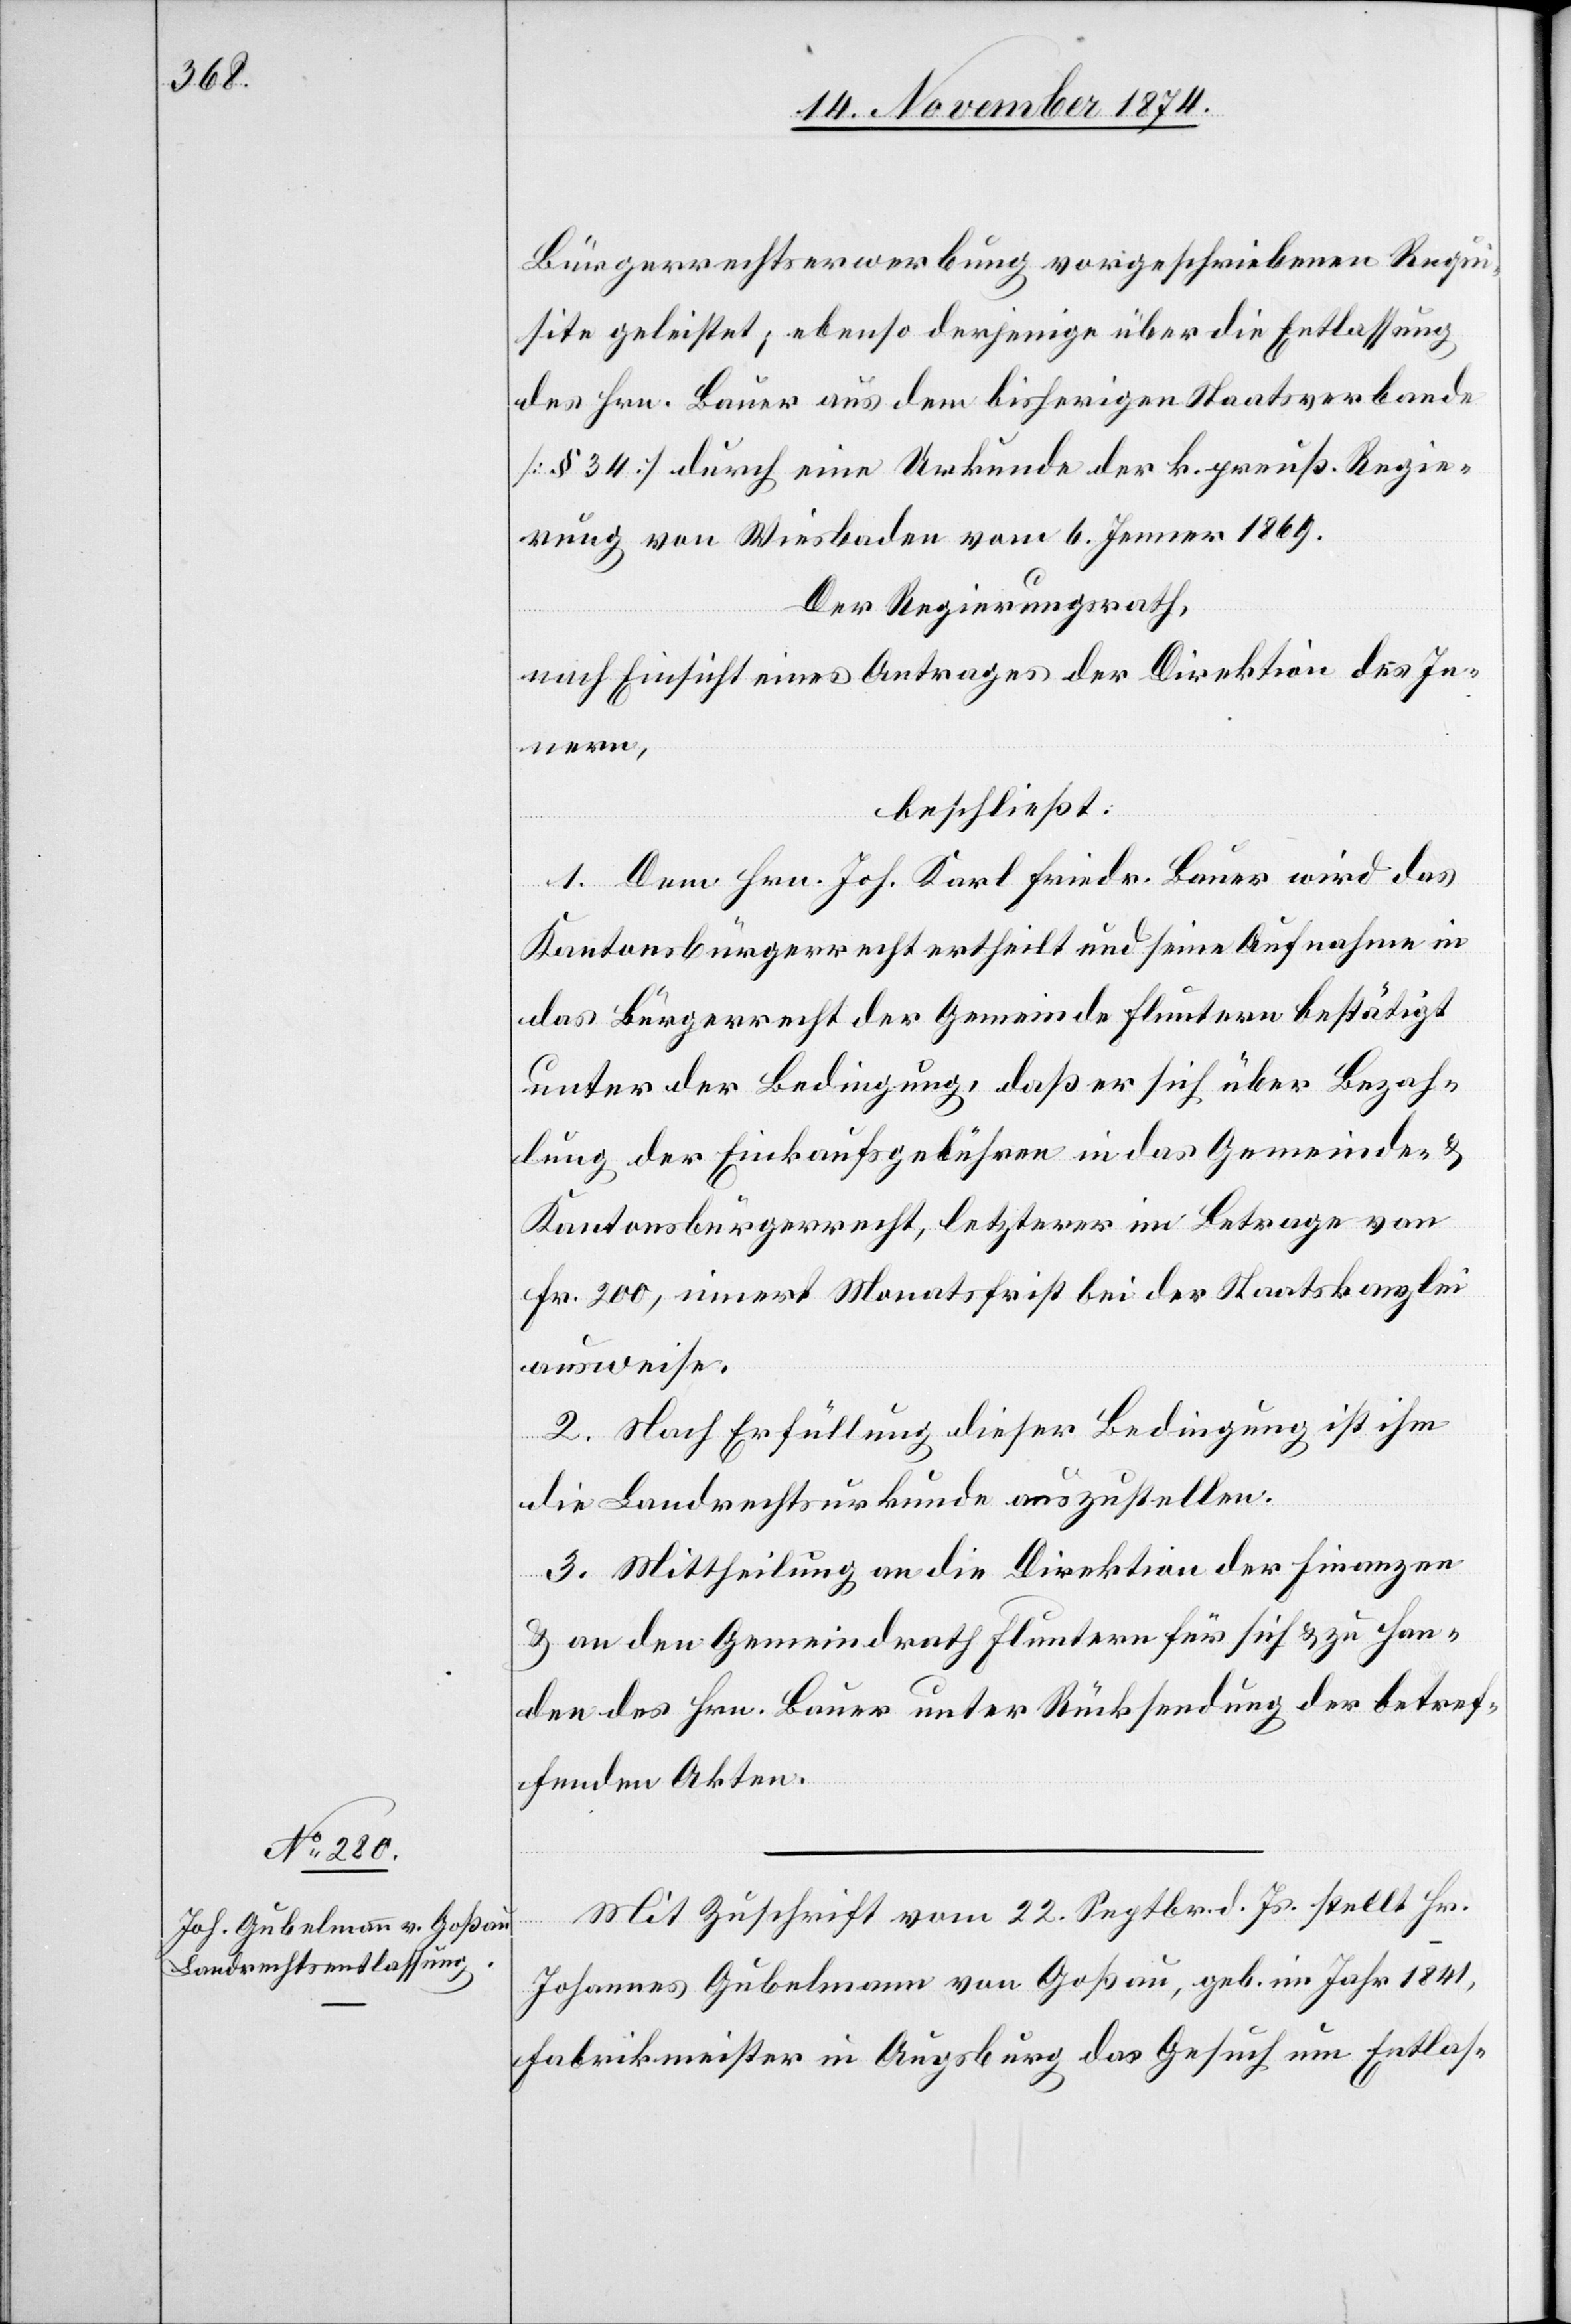
Bürgerrechtserwerbung vorgeschriebenen Requi¬
site geleistet; ebenso derjenige über die Entlassung
des Hrn. Bauer aus dem bisherigen Staatsverbande
[§ 34] durch eine Urkunde der k. preuß. Regie¬
rung von Wiesbaden vom 6. Jenner 1869.
Der Regierungsrath,
nach Einsicht eines Antrages der Direktion des In¬
nern,
beschließt:
1. Dem Hrn. Joh. Karl Friedr. Bauer wird das
Kantonsbürgerrecht ertheilt und seine Aufnahme in
das Bürgerrecht der Gemeinde Fluntern bestätigt
unter der Bedingung, daß er sich über Bezah¬
lung der Einkaufsgebühren in das Gemeinde- &
Kantonsbürgerrecht, letzterer im Betrage von
Fr. 200, innert Monatsfrist bei der Staatskanzlei
ausweise.
2. Nach Erfüllung dieser Bedingung ist ihm
die Landrechtsurkunde auszustellen.
3. Mittheilung an die Direktion der Finanzen
& an den Gemeindrath Fluntern für sich & zu Han¬
den des Hrn. Bauer unter Rücksendung der betref¬
fenden Akten.
Mit Zuschrift vom 22. Septbr. d. Js. stellt Hr.
Johannes Gubelmann von Goßau, geb. im Jahr 1841,
Fabrikmeister in Augsburg das Gesuch um Entlas-